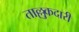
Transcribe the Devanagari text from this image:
ताल्लुकदारी